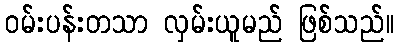
ဝမ်းပန်းတသာ လှမ်းယူမည် ဖြစ်သည်။